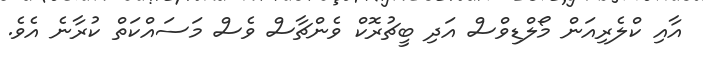
އާއި ކްލެރިއަން މޯލްޑިވްސް އަދި ބީޗުރޮކް ވެންޗާސް ވެސް މަސައްކަތް ކުރާނެ އެވެ.